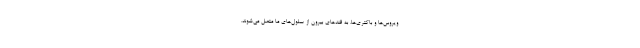
ویروس‌ها و باکتری‌ها، به قندهای بیرون از سلول‌های ما متصل می‌شوند.